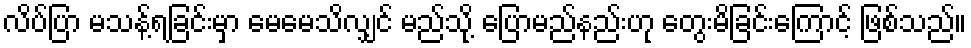
လိပ်ပြာ မသန့်ရခြင်းမှာ မေမေသိလျှင် မည်သို့ ပြောမည်နည်းဟု တွေးမိခြင်းကြောင့် ဖြစ်သည်။